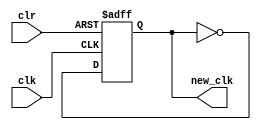
module clk_div_two(new_clk, clk, clr);
    //Inputs
   input clk, clr;
   
   //Internal wire
   wire clr;

   //Output
   output new_clk;
   
   //Register
   reg new_clk;

   //Intialize new_clk to 0
   initial
   begin
       new_clk = 1'b0;
   end

   //Set value of new_clk on positive edge of the clock or clear
   always @(posedge clk or posedge clr) begin
       //If clear is high, set new_clk to 0
       if (clr) begin
           new_clk <= 1'b0;
       //If enable is high, set new_clk to the value of d
       end else begin
           new_clk <= ~new_clk;
       end
   end

endmodule